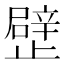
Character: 𣦢